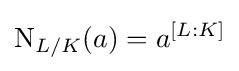
\operatorname {N} _{L/K}(a)=a^{[L:K]}